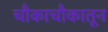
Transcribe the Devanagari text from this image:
चौकाचौकातून